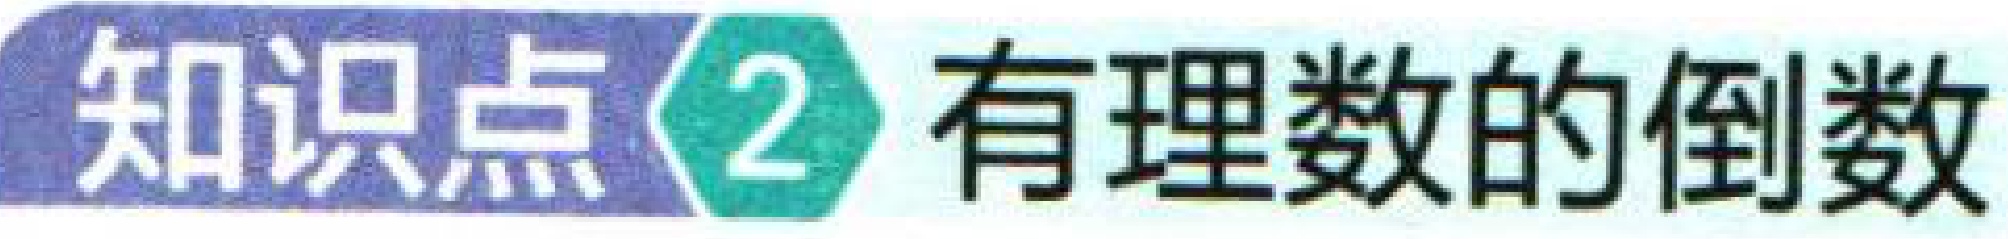
知识点2 有理数的倒数